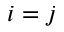
i = j